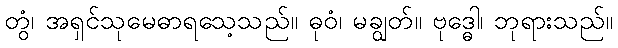
တွံ၊ အရှင်သုမေဓာရသေ့သည်။ ဓုဝံ၊ မချွတ်။ ဗုဒ္ဓေါ၊ ဘုရားသည်။